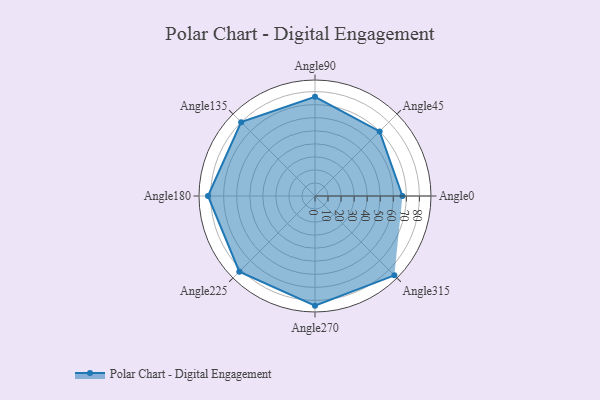
{"axis": {"x": "Angle", "y": "Radius"}, "legend": [""], "data": [{"x": "Angle0", "y": 67.0, "type": ""}, {"x": "Angle45", "y": 70.0, "type": ""}, {"x": "Angle90", "y": 76.0, "type": ""}, {"x": "Angle135", "y": 80.0, "type": ""}, {"x": "Angle180", "y": 82.0, "type": ""}, {"x": "Angle225", "y": 82.0, "type": ""}, {"x": "Angle270", "y": 84.0, "type": ""}, {"x": "Angle315", "y": 86.0, "type": ""}]}